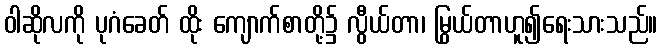
ဝါဆိုလကို ပုဂံခေတ် ထိုး ကျောက်စာတို့၌ လွီယ်တာ၊ မြွယ်တာဟူ၍ရေးသားသည်။